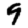
Digit: 9